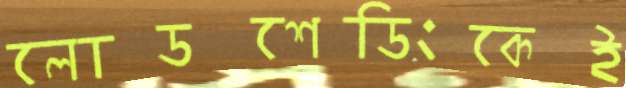
লোডশেডিংকেই